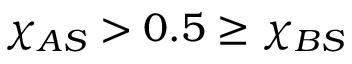
\chi _ { A S } > 0 . 5 \geq \chi _ { B S }